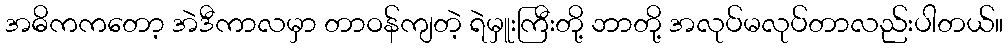
အဓိကကတော့ အဲဒီကာလမှာ တာဝန်ကျတဲ့ ရဲမှူးကြီးတို့ ဘာတို့ အလုပ်မလုပ်တာလည်းပါတယ်။